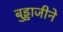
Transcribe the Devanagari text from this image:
बुड्डाजीने